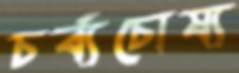
চর্ব্যচোষ্য